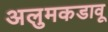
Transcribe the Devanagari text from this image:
अलुमकडावू